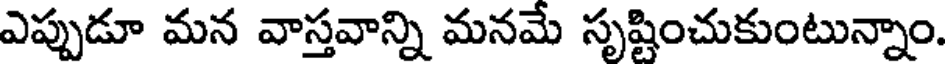
ఎప్పుడూ మన వాస్తవాన్ని మనమే సృష్టించుకుంటున్నాం.